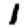
Digit: 1